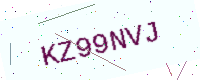
Text: KZ99NVJ